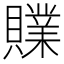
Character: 𧸢